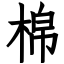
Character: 棉